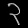
Digit: ၃